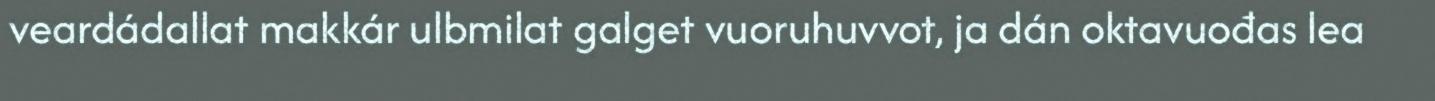
veardádallat makkár ulbmilat galget vuoruhuvvot, ja dán oktavuođas lea